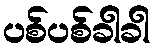
ပစ်ပစ်ခါခါ